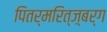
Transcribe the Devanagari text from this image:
पितर्मरित्ज़्बर्ग